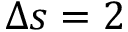
\Delta s = 2